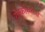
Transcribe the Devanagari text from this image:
रोस्कोस्मोस